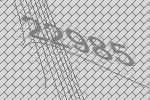
22985